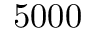
5 0 0 0